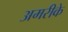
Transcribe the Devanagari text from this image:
अमरीके